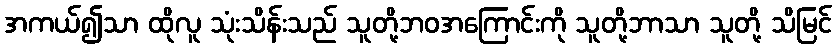
အကယ်၍သာ ထိုလူ သုံးသိန်းသည် သူတို့ဘဝအကြောင်းကို သူတို့ဘာသာ သူတို့ သိမြင်